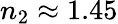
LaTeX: n_{2}\approx 1.45